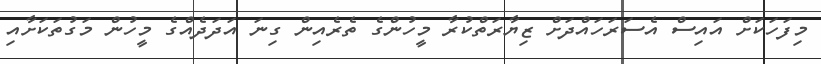
މިފަހަކަށް އައިސް އެސަރަހައްދަށް ޒިޔާރަތްކުރާ މީހުންގެ ތެރެއިން ގިނަ އަދަދެއްގެ މީހުން މަގުތަކަށާއި